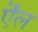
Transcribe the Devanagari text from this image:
ऎंल